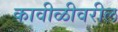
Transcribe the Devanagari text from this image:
कावीळीवरील